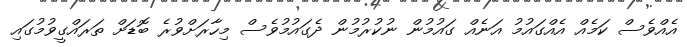
އެއްވެސް ކަމެއް އެއްގައުމު އަނެއް ގައުމުން ނުކުރުމުން ދެގައުމުވެސް މިހާރަށްވުރެ ބޮޑަށް ތަރައްގީވުމުގައި